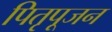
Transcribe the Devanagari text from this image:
पितृपूजन